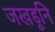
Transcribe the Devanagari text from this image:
जखडूनि